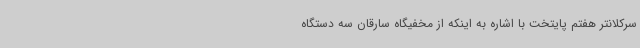
سرکلانتر هفتم پایتخت با اشاره به اینکه از مخفیگاه سارقان سه دستگاه